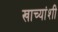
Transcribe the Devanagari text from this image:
खाच्यांशी